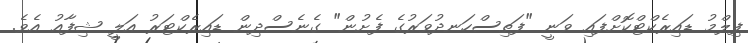
ފިލްމު ޑައިރެކްޓްކޮށްފައި ވަނީ "ފަތިސްހަނދުވަރުގެ ފެށުން" ގެނެސްދިން ޑައިރެކްޓަރު އަލީ ޝިފާއު އެވެ.